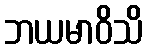
ဘယမာဝိသိ